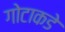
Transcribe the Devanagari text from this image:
गोटाकडे